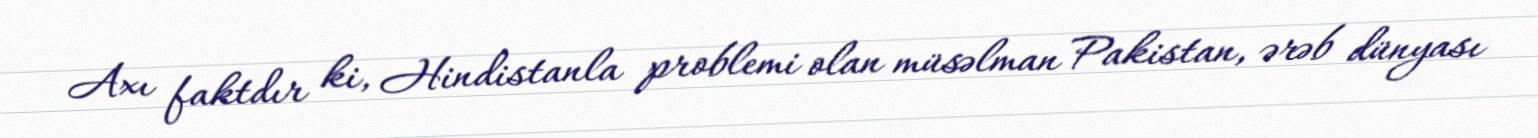
Axı faktdır ki, Hindistanla problemi olan müsəlman Pakistan, ərəb dünyası